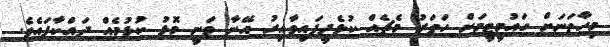
މިހާތަނަށް ގައުމީޓީމަށް ހަތަރު މެޗެއް ކުޅެދީފައިވާއިރު އޭނާ ވަނީ މޮޅު ކުޅުމެއް ދައްކާފައެވެ.